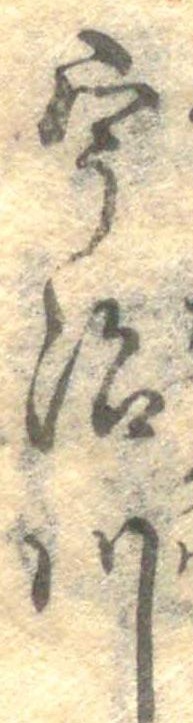
宇治川